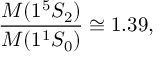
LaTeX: { \frac { M ( 1 ^ { 5 } S _ { 2 } ) } { M ( 1 ^ { 1 } S _ { 0 } ) } } \cong 1 . 3 9 ,